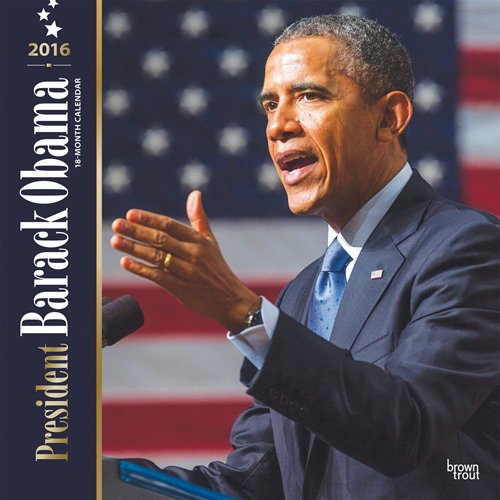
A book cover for President Barack Obama 2016 Square 12x12; Browntrout Publishers; Calendars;